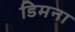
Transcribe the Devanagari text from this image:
डिमना